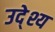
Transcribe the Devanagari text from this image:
उदे्श्य